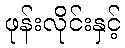
ဖုန်းလိုင်းနှင့်